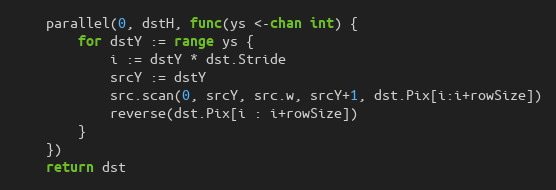
Language: Go
	parallel(0, dstH, func(ys <-chan int) {
		for dstY := range ys {
			i := dstY * dst.Stride
			srcY := dstY
			src.scan(0, srcY, src.w, srcY+1, dst.Pix[i:i+rowSize])
			reverse(dst.Pix[i : i+rowSize])
		}
	})
	return dst